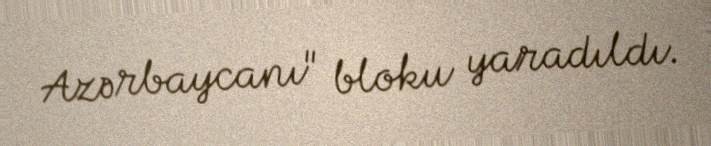
Azərbaycanı" bloku yaradıldı.